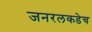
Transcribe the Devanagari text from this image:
जनरलकडेच